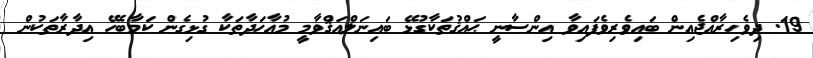
19. ދިވެހިރާއްޖެއިން ބައިވެރިވެފައިވާ އިންސާނީ ޙައްޤުތަކާގުޅޭ ބައިނަލްއަޤްވާމީ މުޢާހަދާތަކާ ގުޅިގެން ކަމާބެހޭ އިދާރާތަކުން